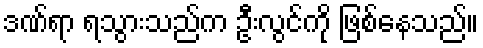
ဒဏ်ရာ ရသွားသည်က ဦးလွင်ကို ဖြစ်နေသည်။